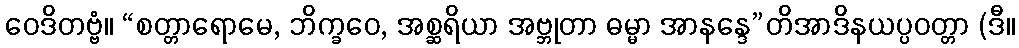
ဝေဒိတဗ္ဗံ။ “စတ္တာရောမေ, ဘိက္ခဝေ, အစ္ဆရိယာ အဗ္ဘုတာ ဓမ္မာ အာနန္ဒေ”တိအာဒိနယပ္ပဝတ္တာ (ဒီ။